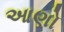
આણો